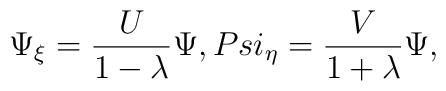
\Psi _{\xi}=\frac{U}{1-\lambda }\Psi ,\ \\Psi _{\eta}=\frac{V}{1+\lambda }\Psi ,